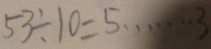
5 3 \div 1 0 = 5 \cdots 3